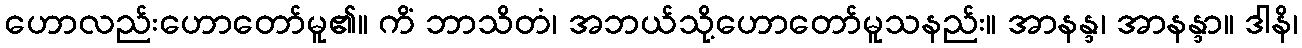
ဟောလည်းဟောတော်မူ၏။ ကိံ ဘာသိတံ၊ အဘယ်သို့ဟောတော်မူသနည်း။ အာနန္ဒ၊ အာနန္ဒာ။ ဒါနိ၊